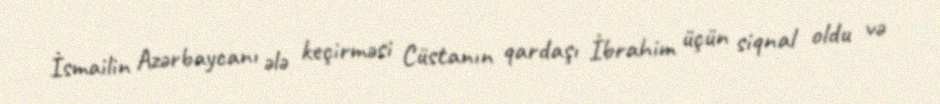
İsmailin Azərbaycanı ələ keçirməsi Cüstanın qardaşı İbrahim üçün siqnal oldu və